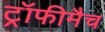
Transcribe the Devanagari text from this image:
ट्रॉफीमैच